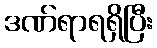
ဒဏ်ရာရရှိပြီး